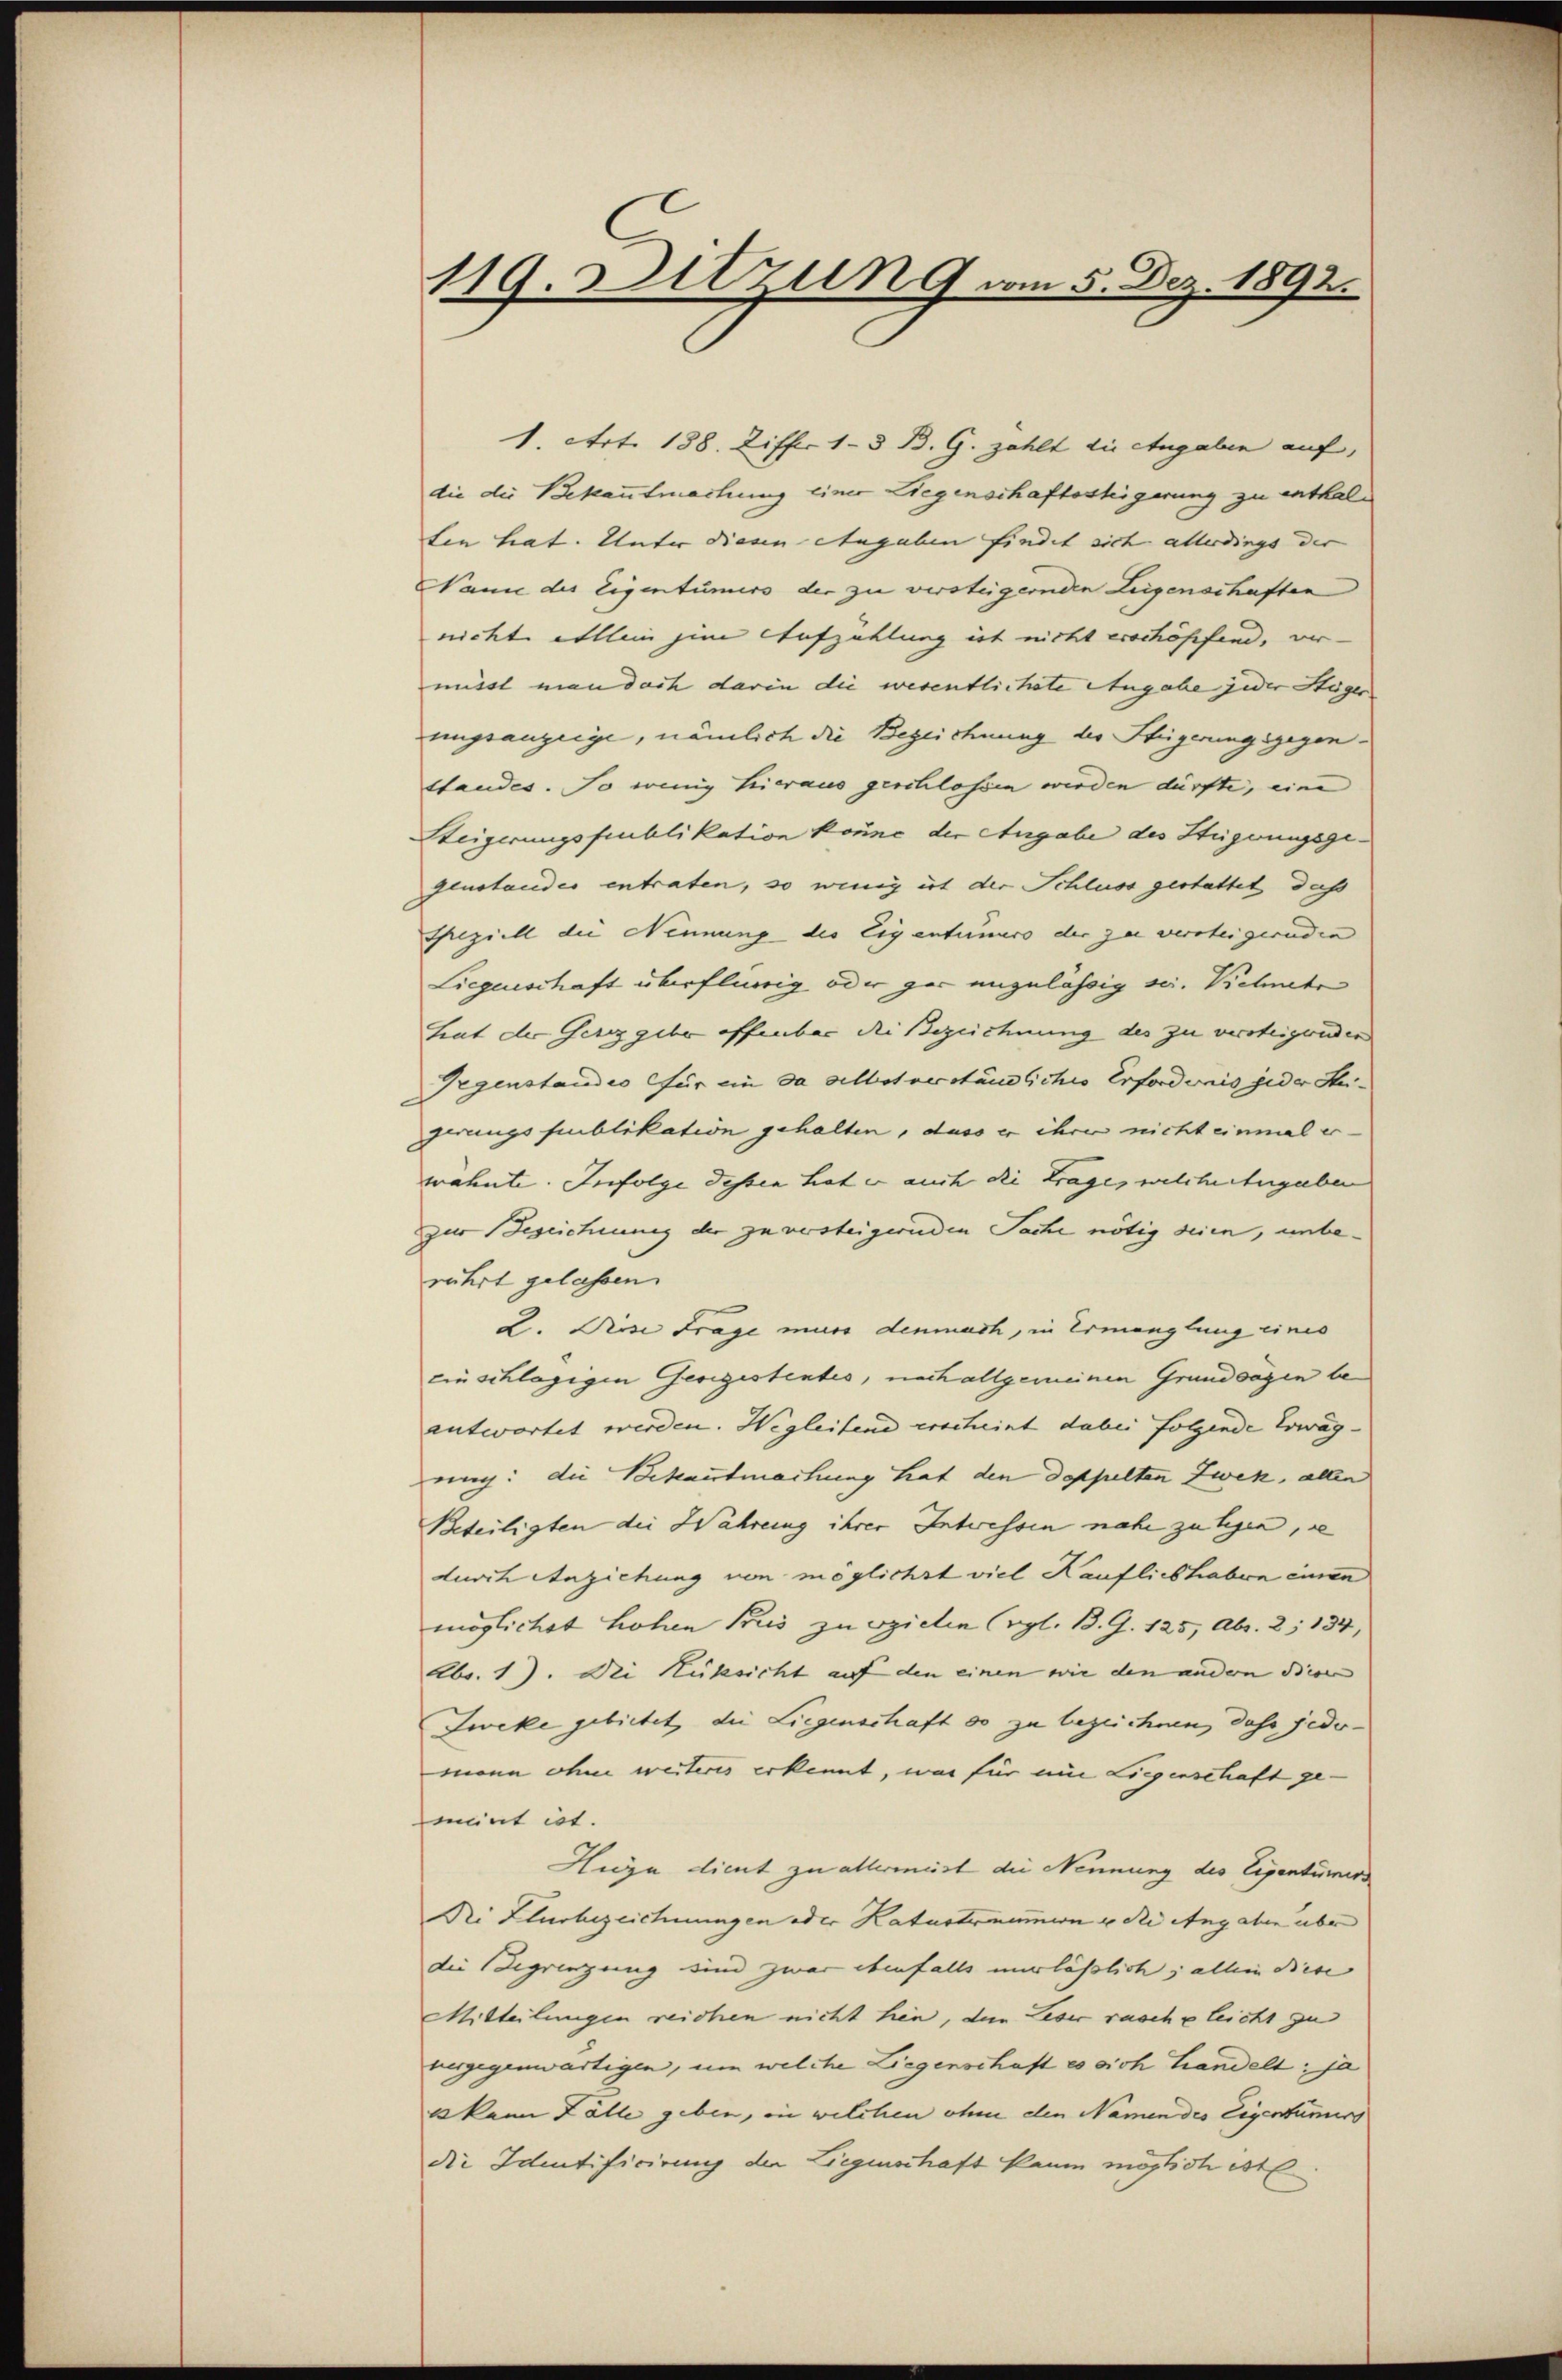
119. Ditzung vom 5. Dez. 1892.

1. Art. 188. Ziffer 13 B. G. zählt die Angaben auf,
die die Bekaufmachung einer Wegenschaftsstigerung zu enthalten hat. Unter diesen Angaben findet sich allerdings der
anie des Eigentümers der zu versteigernden Leigenschaften
nicht ellein hin Aufzählung ist nicht erschöffend, ver-
misst man dach darin die wesentlichete Angabe jeder Stöger
ungsanzeige, nämlich die Bezeichnung der Steigerungsgegenstandes. So wenig hieraus geschlossen werden dürfte, eine
Weigerungsfeublikation könne der Angabe des Steigerungsgegenstandes entraten, so wenig ist der Schluss gestattet, das
Geziell die Nennung des Eigentümers der zu versteigernden
Liegenschaft überflirrig oder gar anzulässig sei. Vichnete
Leat der Gerzgebe offenbar die Bezeichnung des zu versteigenden
Gegenstandes für ein da albstverständliches Erfordernis jeder Steigerungspublikation gehalten, dass er ihren nicht einmal er-
wähnte. Infolge dessen hat er auch die Frage, welchertengeben
zur Bezeichnung der zu versteigernden Sache nötig seien, unberührt gelassen.
L. Diese Frage murs denmach, in Ermanglung eines
einschlägigen Gesigestentes, nach allgemeinen Grundsägen beantwortet werden. Wegleitend erscheint dabei folgende Erwäg
ring: die Bekantmachung hat den doppelten Zwek, allen
Beteiligten die Währeng ihrer Interessen nahe zu legen, se
durch Anziehung von möglichst viel Kauflich haben einen
möglichst hohen Pris zu spielen (vgl. B. G. 125, Abs. 2, 134,
Übr. 1). Die Rüksicht auf den einen wie den andern diesen
Zweke gebietet, die Liegenschaft do zu bezeichnen, dass jedomann ohne weiteres erkennt, was für ein Liegenschaft ge-
ment ist.
Huga dient zu allermeist die Nennung des Eigentümers
Ni Klusbezeichnungen oder Katastraumen u die Angaben über
die Begrenzung sind zwar ebenfalls verlässlich; allein Diese
Mitteilungen reichen nicht hin, dem Leser rasche leicht zu
besgegenwärtigen, um welche Liegenschaft es sich handelt: ja
u kann Fälle geben, in welchen ohn den Namen des Eigentümers
die Identificirung der Liegenschaft kaum möglich ist